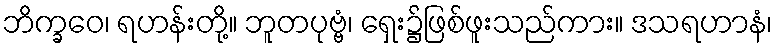
ဘိက္ခဝေ၊ ရဟန်းတို့။ ဘူတပုဗ္ဗံ၊ ရှေး၌ဖြစ်ဖူးသည်ကား။ ဒသရဟာနံ၊